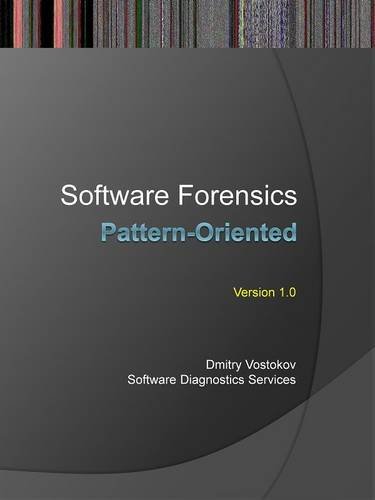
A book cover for Pattern-Oriented Software Forensics: A Foundation of Memory Forensics and Forensics of Things; Dmitry Vostokov; Computers & Technology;